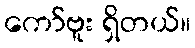
ကော်ဗူး ရှိတယ်။